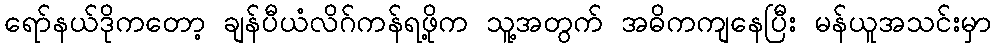
ရော်နယ်ဒိုကတော့ ချန်ပီယံလိဂ်ကန်ရဖို့က သူ့အတွက် အဓိကကျနေပြီး မန်ယူအသင်းမှာ